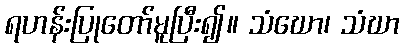
ရဟန်းပြုတော်မူပြီး၍။ သံဃော၊ သံဃာ